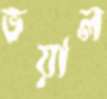
ভয়াল